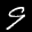
Label: 9